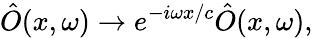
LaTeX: \hat{O}(x,\omega)\to e^{-i\omega x/c}\hat{O}(x,\omega),